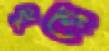
ধুয়ে